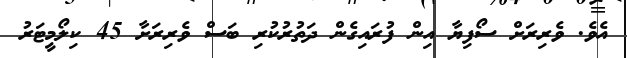
އެވެ. ވެރިރަށް ސޯފިޔާ އިން ފުރައިގެން ދަތުރުކުރި ބަސް ވެރިރަށާ 45 ކިލޯމީޓަރު